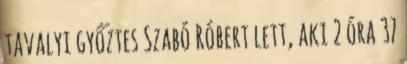
tavalyi győztes Szabó Róbert lett, aki 2 óra 37